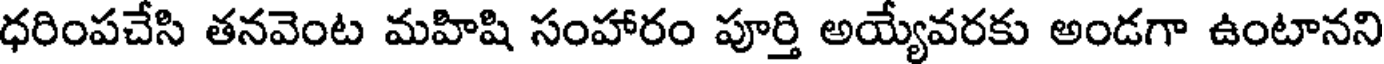
ధరింపచేసి తనవెంట మహిషి సంహారం పూర్తి అయ్యేవరకు అండగా ఉంటానని